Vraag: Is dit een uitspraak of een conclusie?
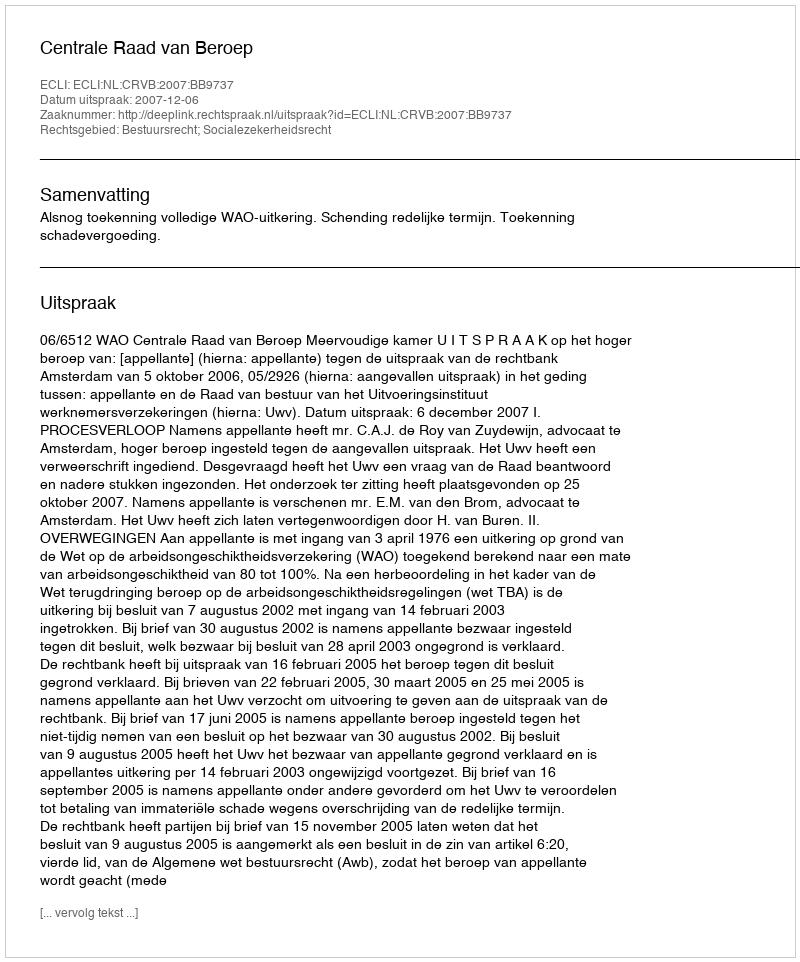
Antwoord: Uitspraak